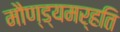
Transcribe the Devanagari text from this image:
मौण्ड्यमर्हति